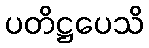
ပတိဋ္ဌပေသိ